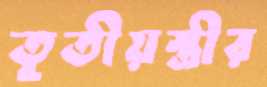
তৃতীয়স্ত্রীর